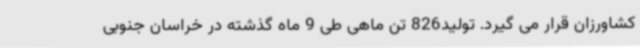
کشاورزان قرار می گیرد. تولید826 تن ماهی طی 9 ماه گذشته در خراسان جنوبی